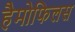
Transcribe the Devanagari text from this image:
हैमोफिलस